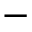
-